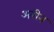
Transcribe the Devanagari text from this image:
अरीन